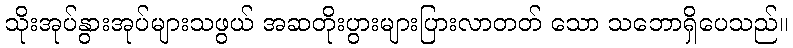
သိုးအုပ်နွားအုပ်များသဖွယ် အဆတိုးပွားများပြားလာတတ် သော သဘောရှိပေသည်။